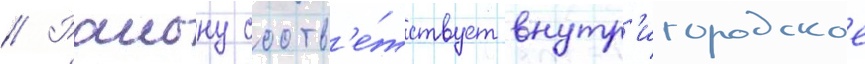
// Раиону соотв'е́тствует внутр'игородское